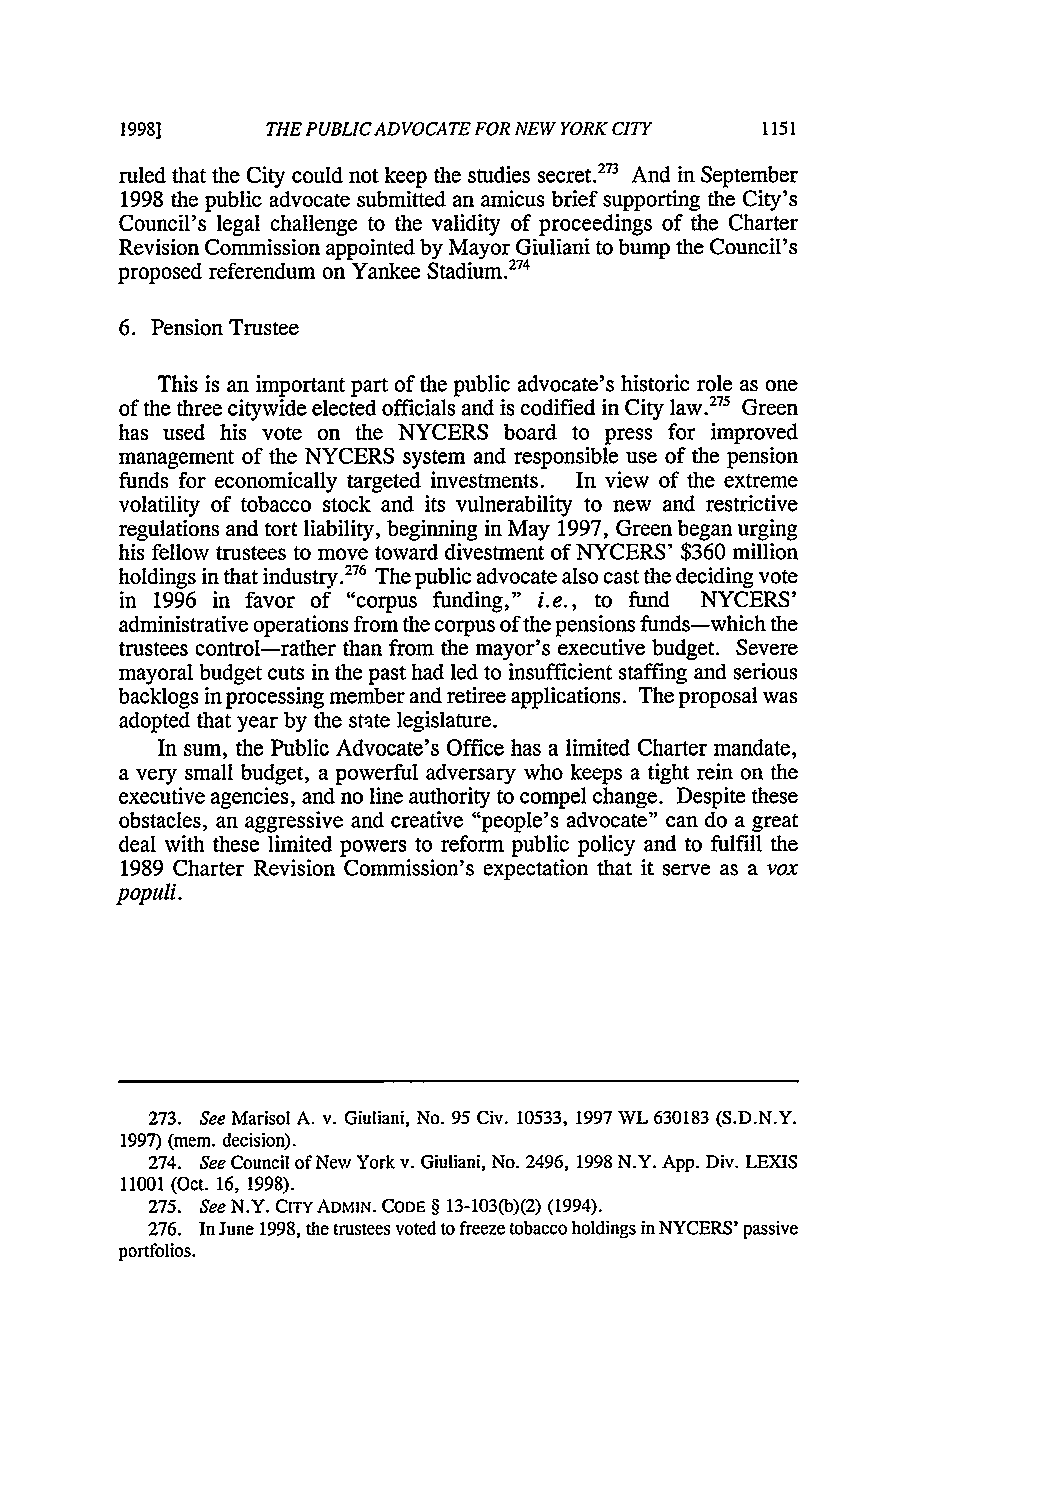
1998]     THE PUBLIC ADVOCATE FOR NEW YORK CITY
 ruled that the City could not keep the studies secret.2' And in September
 1998 the public advocate submitted an amicus brief supporting the City's
 Council's legal challenge to the validity of proceedings of the Charter
 Revision Commission appointed by Mayor Giuliani to bump the Council's
 proposed referendum on Yankee Stadium.274
 6. Pension Trustee
 This is an important part of the public advocate's historic role as one
 of the three citywide elected officials and is codified in City law.27 Green
 has used his vote on the NYCERS board to press for improved
 management of the NYCERS system and responsible use of the pension
 funds for economically targeted investments. In view of the extreme
 volatility of tobacco stock and its vulnerability to new and restrictive
 regulations and tort liability, beginning in May 1997, Green began urging
 his fellow trustees to move toward divestment of NYCERS' $360 million
 holdings in that industry.276 The public advocate also cast the deciding vote
 in 1996 in favor of "corpus funding," i.e., to fund NYCERS'
 administrative operations from the corpus of the pensions funds-which the
 trustees control-rather than from the mayor's executive budget. Severe
 mayoral budget cuts in the past had led to insufficient staffing and serious
 backlogs in processing member and retiree applications. The proposal was
 adopted that year by the state legislature.
 In sum, the Public Advocate's Office has a limited Charter mandate,
 a very small budget, a powerful adversary who keeps a tight rein on the
 executive agencies, and no line authority to compel change. Despite these
 obstacles, an aggressive and creative "people's advocate" can do a great
 deal with these limited powers to reform public policy and to fulfill the
 1989 Charter Revision Commission's expectation that it serve as a vox
 populi.
 273. See Marisol A. v. Giuliani, No. 95 Civ. 10533, 1997 WL 630183 (S.D.N.Y.
 1997) (mem. decision).
 274. See Council of New York v. Giuliani, No. 2496, 1998 N.Y. App. Div. LEXIS
 11001 (Oct. 16, 1998).
 275. See N.Y. CITY ADMIN. CODE § 13-103(b)(2) (1994).
 276. In June 1998, the trustees voted to freeze tobacco holdings in NYCERS' passive
 portfolios.